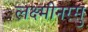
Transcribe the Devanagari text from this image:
लक्ष्मीनरसु